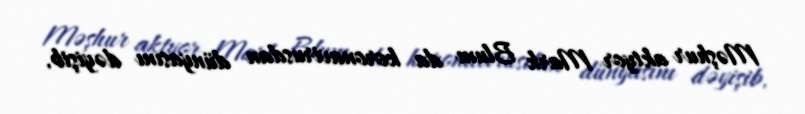
Məşhur aktyor Mark Blum da koronavirusdan dünyasını dəyişib.